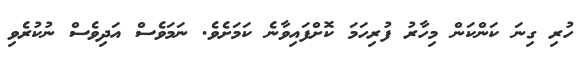
ހުރި ގިނަ ކަންކަން މިހާރު ފުރިހަމަ ކޮށްފައިވާނެ ކަމަށެވެ. ނަމަވެސް އަދިވެސް ނުކުރެވި